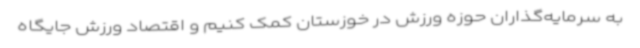
به سرمایه‌گذاران حوزه ورزش در خوزستان کمک کنیم و اقتصاد ورزش جایگاه